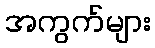
အကွက်များ